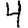
Digit: 4